Rangoon Lunatic Asylum 1898-1906 - 1898-1906
Year: 1898
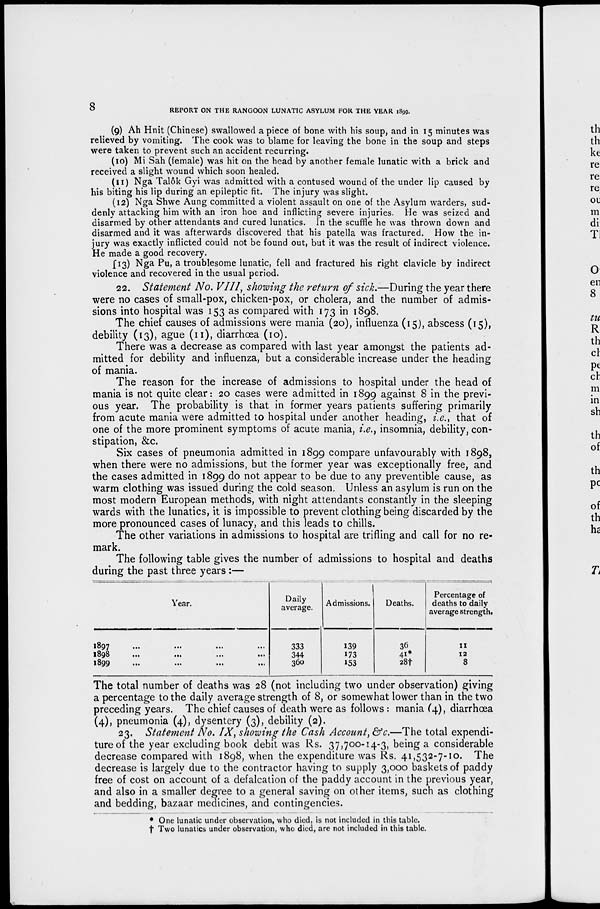
8
REPORT ON THE RANGOON LUNATIC ASYLUM FOR THE YEAR 1899.
(9) Ah Hnit (Chinese) swallowed a piece of bone with his soup, and in 15 minutes was
relieved by vomiting. The cook was to blame for leaving the bone in the soup and steps
were taken to prevent such an accident recurring.
(10) Mi Sah (female) was hit on the head by another female lunatic with a brick and
received a slight wound which soon healed.
(11) Nga Talôk Gyi was admitted with a contused wound of the under lip caused by
his biting his lip during an epileptic fit. The injury was slight.
(12) Nga Shwe Aung committed a violent assault on one of the Asylum warders, sud-
denly attacking him with an iron hoe and inflicting severe injuries. He was seized and
disarmed by other attendants and cured lunatics. In the scuffle he was thrown down and
disarmed and it was afterwards discovered that his patella was fractured. How the in-
jury was exactly inflicted could not be found out, but it was the result of indirect violence.
He made a good recovery.
(13) Nga Pu, a troublesome lunatic, fell and fractured his right clavicle by indirect
violence and recovered in the usual period.
22. Statement No. VIII, showing the return of sick.—During the year there
were no cases of small-pox, chicken-pox, or cholera, and the number of admis-
sions into hospital was 153 as compared with 173 in 1898.
The chief causes of admissions were mania (20), influenza (15), abscess (15),
debility (13), ague (11), diarrhœa (10).
There was a decrease as compared with last year amongst the patients ad-
mitted for debility and influenza, but a considerable increase under the heading
of mania.
The reason for the increase of admissions to hospital under the head of
mania is not quite clear: 20 cases were admitted in 1899 against 8 in the previ-
ous year. The probability is that in former years patients suffering primarily
from acute mania were admitted to hospital under another heading, i.e., that of
one of the more prominent symptoms of acute mania, i.e., insomnia, debility, con-
stipation, &c.
Six cases of pneumonia admitted in 1899 compare unfavourably with 1898,
when there were no admissions, but the former year was exceptionally free, and
the cases admitted in 1899 do not appear to be due to any preventible cause, as
warm clothing was issued during the cold season. Unless an asylum is run on the
most modern European methods, with night attendants constantly in the sleeping
wards with the lunatics, it is impossible to prevent clothing being discarded by the
more pronounced cases of lunacy, and this leads to chills.
The other variations in admissions to hospital are trifling and call for no re-
mark.
The following table gives the number of admissions to hospital and deaths
during the past three years :—
Year.
1897 ... ... ... ...
1898
...
...
...
...
1899 ... ... ... ...
Daily
average.
333
344
360
Admissions.
139
173
153
Deaths.
36
41*
28†
Percentage of
deaths to daily
average strength.
11
12
8
The total number of deaths was 28 (not including two under observation) giving
a percentage to the daily average strength of 8, or somewhat lower than in the two
preceding years. The chief causes of death were as follows : mania (4), diarrhœa
(4), pneumonia (4), dysentery (3), debility (2).
23. Statement No. IX, showing the Cash Account, &c.—The total expendi-
ture of the year excluding book debit was Rs. 37,700-14-3, being a considerable
decrease compared with 1898, when the expenditure was Rs. 41,532-7-10. The
decrease is largely due to the contractor having to supply 3,000 baskets of paddy
free of cost on account of a defalcation of the paddy account in the previous year,
and also in a smaller degree to a general saving on other items, such as clothing
and bedding, bazaar medicines, and contingencies.
* One lunatic under observation, who died, is not included in this table.
† Two lunatics under observation, who died, are not included in this table.